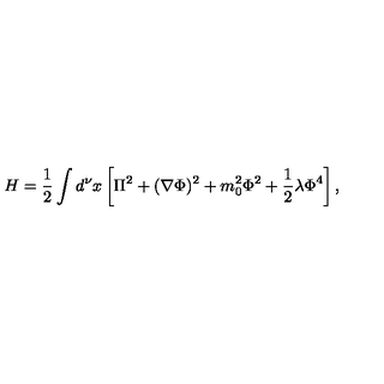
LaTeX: H = \frac { 1 } { 2 } \int d ^ { \nu } x \left[ \Pi ^ { 2 } + ( \nabla \Phi ) ^ { 2 } + m _ { 0 } ^ { 2 } \Phi ^ { 2 } + \frac { 1 } { 2 } \lambda \Phi ^ { 4 } \right] ,